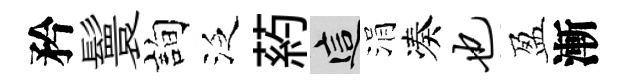
矜鬟詢泛葯這涓凑也盈漸